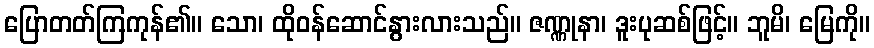
ပြောတတ်ကြကုန်၏။ သော၊ ထိုဝန်ဆောင်နွားလားသည်။ ဇဏ္ဏုနာ၊ ဒူးပုဆစ်ဖြင့်။ ဘူမိ၊ မြေကို။